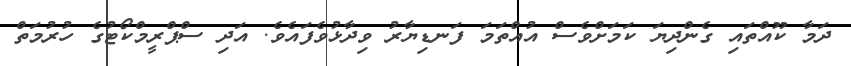
ދަމާ ކޫއްތައި ގެންދިޔަ ކަމަށްވެސް އުއްތަމަ ފަނޑިޔާރު ވިދާޅުވެފައެވެ. އަދި ސްޕްރީމްކޯޓުގެ ހުރުމަތް